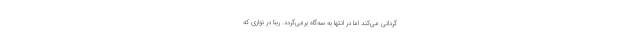
‌گردانی می‌کند اما در انتها به سه‌گاه برمی‌گردد. ربنا در نواری که